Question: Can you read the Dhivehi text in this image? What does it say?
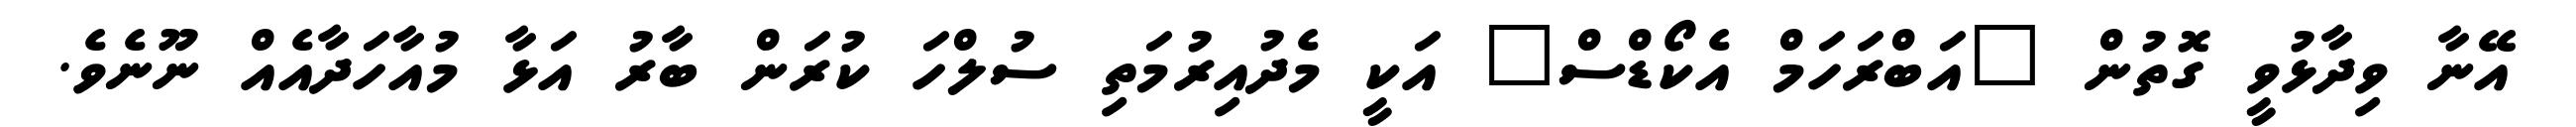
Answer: އޭނާ ވިދާޅުވީ ގޮތުން "އަބްރަހަމް އެކޯޑްސް" އަކީ މެދުއިރުމަތި ސުލްހަ ކުރަން ބާރު އަޅާ މުއާހަދާއެއް ނޫނެވެ.